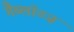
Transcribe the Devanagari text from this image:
गैब्लॉञ्ज़